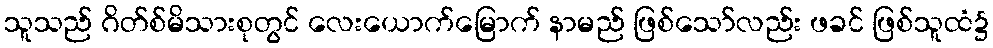
သူသည် ဂိတ်စ်မိသားစုတွင် လေးယောက်မြောက် နာမည် ဖြစ်သော်လည်း ဖခင် ဖြစ်သူထံ၌